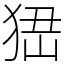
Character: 峱